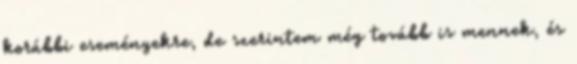
korábbi eseményekre, de szerintem még tovább is mennek, és